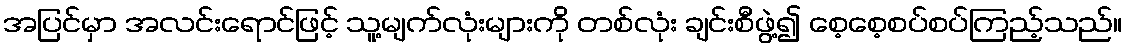
အပြင်မှာ အလင်းရောင်ဖြင့် သူ့မျက်လုံးများကို တစ်လုံး ချင်းစီဖွဲ့၍ စေ့စေ့စပ်စပ်ကြည့်သည်။